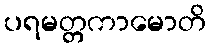
ပရမတ္တကာမောတိ